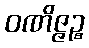
ဝဏိဇ္ဇဉ္စ